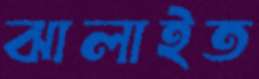
ঝালাইত